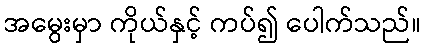
အမွေးမှာ ကိုယ်နှင့် ကပ်၍ ပေါက်သည်။